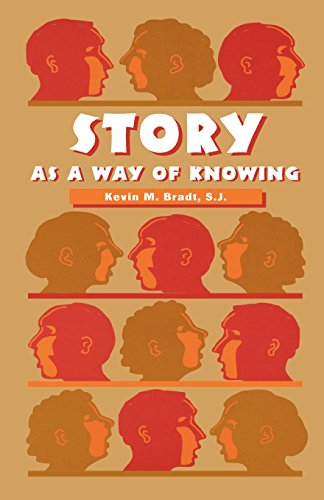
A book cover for Story as a Way of Knowing; Kevin M. Bradt S.J.; Christian Books & Bibles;